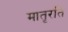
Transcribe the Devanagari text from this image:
मातृरति